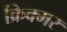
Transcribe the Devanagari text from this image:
क्रिक्मर